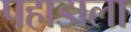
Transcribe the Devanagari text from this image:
पहाडाला